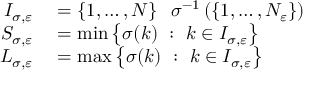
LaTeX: \begin{array} { r l } { I _ { \sigma , \varepsilon } } & { { } = \left\{ 1 , \ldots , N \right\} \setminus \sigma ^ { - 1 } \left( \left\{ 1 , \dots , N _ { \varepsilon } \right\} \right) } \\ { S _ { \sigma , \varepsilon } } & { { } = \operatorname* { m i n } \left\{ \sigma ( k ) \ : \ k \in I _ { \sigma , \varepsilon } \right\} } \\ { L _ { \sigma , \varepsilon } } & { { } = \operatorname* { m a x } \left\{ \sigma ( k ) \ : \ k \in I _ { \sigma , \varepsilon } \right\} } \end{array}